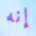
إنه